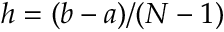
h = ( b - a ) / ( N - 1 )